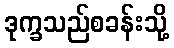
ဒုက္ခသည်စခန်းသို့